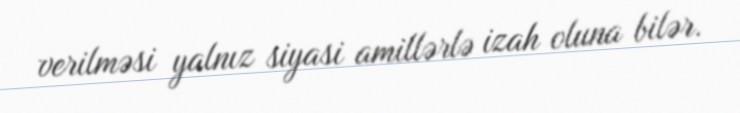
verilməsi yalnız siyasi amillərlə izah oluna bilər.